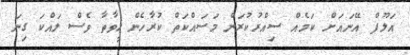
އަލޫފް އޭނައަށް ކަމެއް ސިއްރުކުރަން މަސައްކަތް ކުރާހެން ހީވާތާ ވެސް ލައްކަ ގިނަ